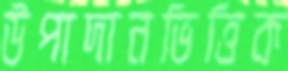
উপাদানভিত্তিক